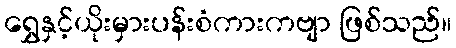
ရွှေနှင့်ယိုးမှားပန်းစံကားကဗျာ ဖြစ်သည်။